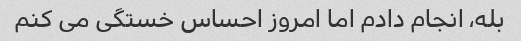
بله، انجام دادم اما امروز احساس خستگی می کنم